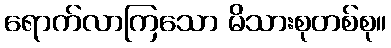
ရောက်လာကြသော မိသားစုတစ်စု။